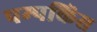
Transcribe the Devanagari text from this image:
पम्पकिंस